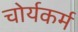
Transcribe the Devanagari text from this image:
चोर्यकर्म